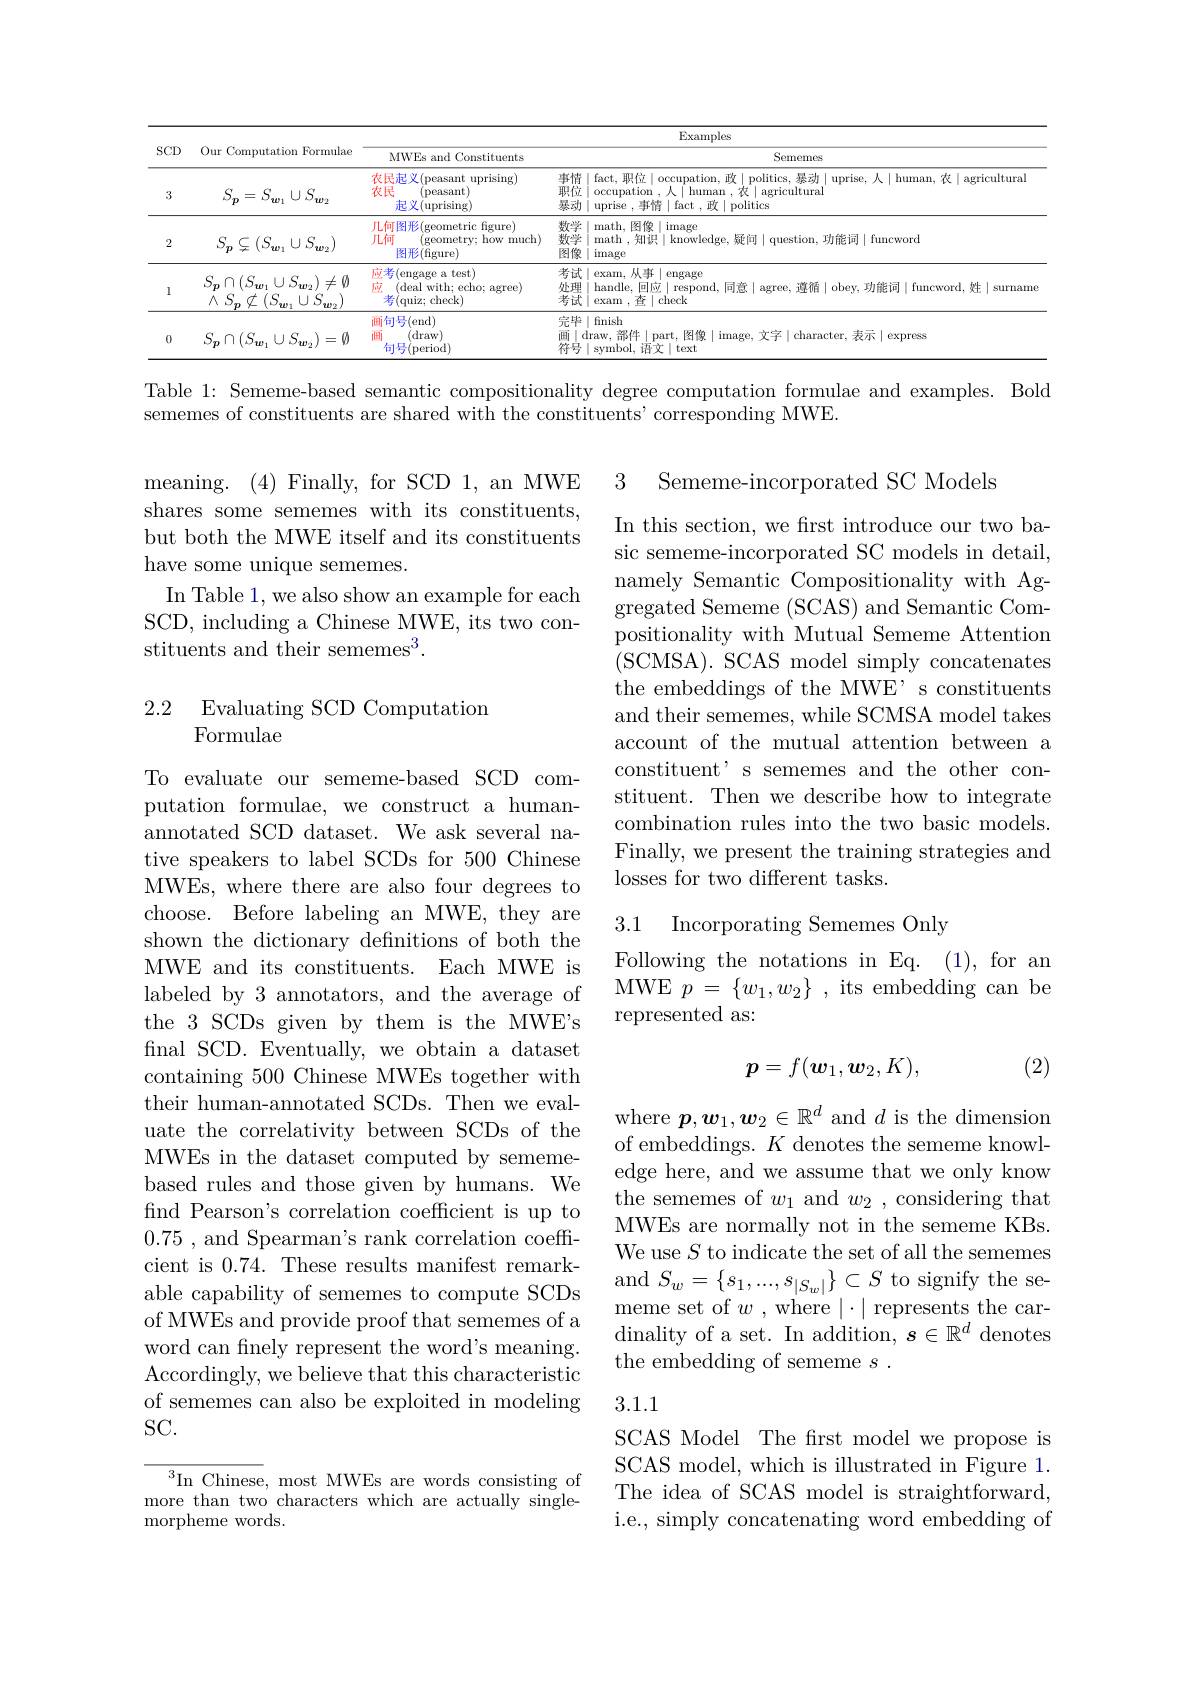
<table>
	<tbody>
		<tr>
			<th rowspan="2">$SCD$</th>
			<th rowspan="2">Our Computation Formulae</th>
			<th colspan="3">Examples</th>
		</tr>
		<tr>
			<th>MWEs and Constituents</th>
			<th> </th>
			<th>Sememes</th>
		</tr>
		<tr>
			<td>3</td>
			<td>$S_{\boldsymbol{p}}=S_{\boldsymbol{w}_{1}}\cup S_{\boldsymbol{w}_{2}}$</td>
			<td>农民起义(peasant uprising) 农民 (peasant) 起义(uprising)</td>
			<td>事情 $\dot{\text{职位}}$ 孙县云刘</td>
			<td>青 1 fact, 职位 $\mid$occupation,政$\mid$politics,暴动$\mid$uprise,人$\mid$human,农$\mid$agricultural $\frac{3}{7}$ occupation ,人「human , 农 | agricultural ${\text{为}\mid\text{uprise },\text{事情}\mid\text{fact },\text{政}\mid\text{politics}}$</td>
		</tr>
		<tr>
			<td>2</td>
			<td>$S_{\boldsymbol{p}}\subsetneq(S_{\boldsymbol{w}_{1}}\cup S_{\boldsymbol{w}_{2}})$</td>
			<td>儿何图形 ${:}({\mathrm{geometric}}$ c figure) JL何 (geometry; how much) 图形(figure)</td>
			<td>数学 数学 图像</td>
			<td>辛 math, 图像$\mid$image 老 math , 知识$\mid\bar\text{knowledge, 疑问}\mid$question,功能词$\mid$funcword 定 1. image</td>
		</tr>
		<tr>
			<td>1</td>
			<td>$S_{\boldsymbol{p}}\cap(S_{\boldsymbol{w}_{1}}\cup S_{\boldsymbol{w}_{2}})\neq\emptyset$ $\wedge S_{\boldsymbol{p}}\not\subset(S_{\boldsymbol{w}_{1}}\cup S_{\boldsymbol{w}_{2}})$</td>
			<td>应考(engage a test) 应 (deal with; echo; agree) 考(quiz; check)</td>
			<td>考试 处理 考试</td>
			<td>式$\mid$exam,从事$\mid$engage 甲 handle,回应$\mid$respond,同意$\mid$agree,遵循$\mid$obey,功能词$\mid$funcword,姓$\mid$surname 式 exam.在|check</td>
		</tr>
		<tr>
			<td>0</td>
			<td>$S_{\boldsymbol{p}}\cap(S_{\boldsymbol{w}_{1}}\cup S_{\boldsymbol{w}_{2}})=\emptyset$</td>
			<td>画句号(end) 面 (draw) 句号i ${\mathrm{s}}($period)</td>
			<td>完毕 $\frac{\text{儿}}{1\text{田}1}$</td>
			<td>$\varpi$ | finish $\operatorname{draw}$,部件$\mid$part,图像$\mid$image,文字$\mid$character,表示$\mid$express svmbol 语女 |text</td>
		</tr>
	</tbody>
</table>

Table 1: Sememe-based semantic compositionality degree computation formulae and examples. Bold
sememes of constituents are shared with the constituents' corresponding MWE.

3 Sememe-incorporated SC Models

meaning. (4)Finally,forSCD1,anMWE shares some sememes with its constituents, but both the MWE itself and its constituents have some unique sememes.
In Table 1, we also show an example for each SCD, including a Chinese MWE, its two constituents and their sememes$^3.$

In this section, we first introduce our two basic sememe-incorporated SC models in detail, namely Semantic Compositionality with Aggregated Sememe (SCAS) and Semantic Compositionality with Mutual Sememe Attention (SCMSA). SCAS model simply concatenates the embeddings of the MWE' s constituents and their sememes, while SCMSA model takes account of the mutual attention between a constituent' s sememes and the other constituent. Then we describe how to integrate combination rules into the two basic models. Finally, we present the training strategies and losses for two different tasks.

### 2.2 Evaluating SCD Computation Formulae

## 3.1 Incorporating Sememes Only

Following the notations in Eq. (1), for an MWE$p=\{w_{1},w_{2}\}$,its embedding can be represented as:

(2)
$$\boldsymbol{p}=f(\boldsymbol{w}_{1},\boldsymbol{w}_{2},K),$$
To evaluate our sememe-based SCD computation formulae, we construct a humanannotated SCD dataset. We ask several native speakers to label SCDs for 500 Chinese MWEs, where there are also four degrees to choose. Before labeling an MWE, they are shown the dictionary definitions of both the MWE and its constituents. Each MWE is labeled by 3 annotators, and the average of the 3 SCDs given by them is the MWE's final SCD. Eventually, we obtain a dataset containing 500 Chinese MWEs together with their human-annotated SCDs. Then we evaluate the correlativity between SCDs of the MWEs in the dataset computed by sememebased rules and those given by humans. We fnd Pearson's correlation coefficient is up to 0.75 , and Spearman's rank correlation coefficient is 0.74. These results manifest remarkable capability of sememes to compute SCDs of MWEs and provide proof that sememes of a word can finely represent the word's meaning. Accordingly, we believe that this characteristic of sememes can also be exploited in modeling $SC.$

where $\boldsymbol{p},\boldsymbol{w}_1,\boldsymbol{w}_2\in\mathbb{R}^d$ and $d$ is the dimension of embeddings. $K$ denotes the sememe knowledge here, and we assume that we only know the sememes of $w_1$ and $w_2$, considering that MWEs are normally not in the sememe KBs. We use $S$ to indicate the set of all the sememes and $S_w=\left\{s_1,...,s_{|S_w|}\right\}\subset S$ to signify the sememe set of $w$ , where $|\cdot|$ represents the cardinality of a set. In addition, $\boldsymbol s\in\mathbb{R}^d$ denotes the embedding of sememe $s.$

### 3.1.1

SCAS Model The first model we propose is SCAS model, which is illustrated in Figure 1. The idea of SCAS model is straightforward, i.e., simply concatenating word embedding of

${^3}$In Chinese, most MWEs are words consisting of more than two characters which are actually singlemorpheme words.